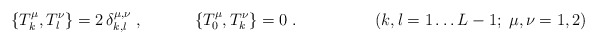
\begin{align*}\{T_k^\mu,T_l^\nu\} = 2 \,\delta_{k,l}^{\mu,\nu} \;,\hspace{1.3cm}\{T_0^\mu,T_k^\nu\}=0 \;.\hspace{2cm}(k,l=1\ldots L-1; \; \mu,\nu=1,2)\end{align*}